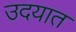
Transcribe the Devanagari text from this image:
उदयात